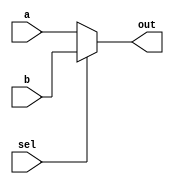
module mux_2by1_wire(
    input a,
    input b,
    input sel,
    output out
);

wire out;

assign out = sel ? b : a;

endmodule